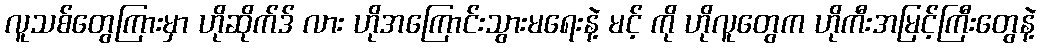
လူသစ်တွေကြားမှာ ဟိုဆိုက်ဒ် လား ဟိုအကြောင်းသွားမရေးနဲ့ မင့် ကို ဟိုလူတွေက ဟိုကီးအမြင့်ကြီးတွေနဲ့